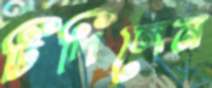
টিপিলেন